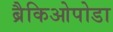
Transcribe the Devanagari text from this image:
ब्रैकिओपोडा